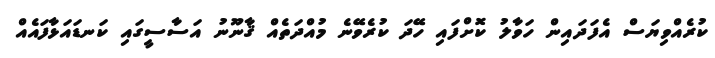
ކުރެއްވިޔަސް އެފަދައިން ހަވާލު ކޮށްފައި ހޭދަ ކުރެވޭނެ މުއްދަތެއް ޤާނޫނު އަސާސީގައި ކަނޑައަޅާފައެއް